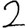
Digit: 2